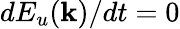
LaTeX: dE_{u}({\mathbf k})/dt=0